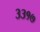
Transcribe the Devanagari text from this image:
३३१७